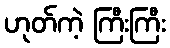
ဟုတ်ကဲ့ ကြီးကြီး